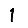
Digit: 1